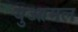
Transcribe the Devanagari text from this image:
युआमल